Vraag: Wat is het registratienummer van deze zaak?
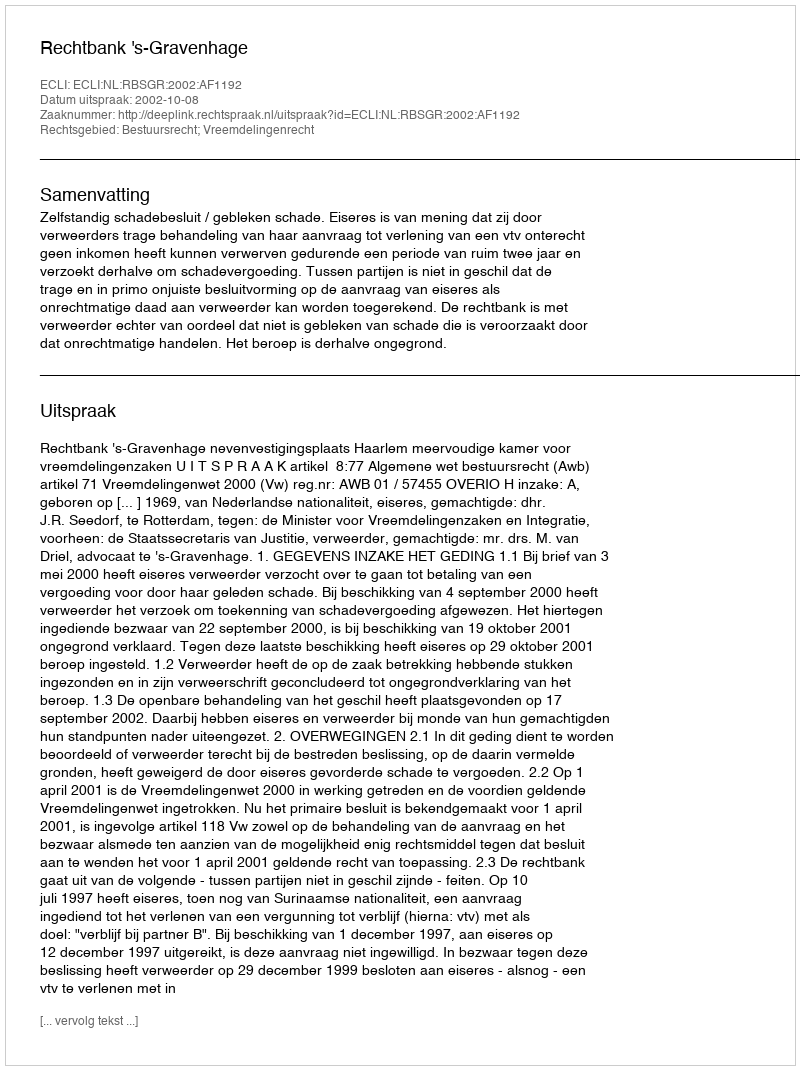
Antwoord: http://deeplink.rechtspraak.nl/uitspraak?id=ECLI:NL:RBSGR:2002:AF1192